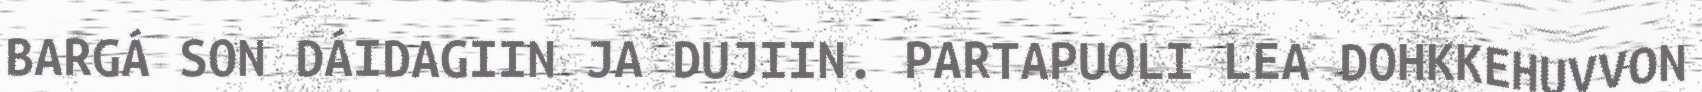
BARGÁ SON DÁIDAGIIN JA DUJIIN. PARTAPUOLI LEA DOHKKEHUVVON